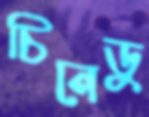
চিনেডু